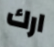
ارك